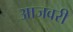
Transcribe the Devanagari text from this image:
आजवरी